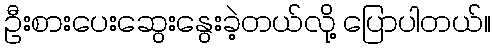
ဦးစားပေးဆွေးနွေးခဲ့တယ်လို့ ပြောပါတယ်။